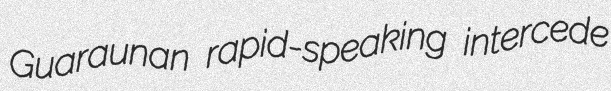
Guaraunan rapid-speaking intercede